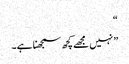
“
” نہیں مجھے کچھ سمجھنا ہے۔